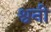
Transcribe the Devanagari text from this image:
श्वनी